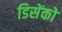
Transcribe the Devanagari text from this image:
डिसेंको